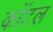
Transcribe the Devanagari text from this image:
कॉटल